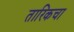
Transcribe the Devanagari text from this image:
तारिकचा